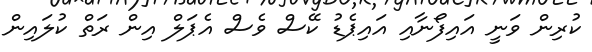
ކުރިން ވަނީ އައިފޯނާއި އައިޕެޑު ކޭސް ވެސް އެޕަލް އިން ރަތް ކުލައިން